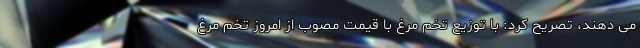
می دهند، تصریح کرد: با توزیع تخم مرغ با قیمت مصوب از امروز تخم مرغ